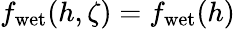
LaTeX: f_{\mathrm{wet}}(h,\zeta)=f_{\mathrm{wet}}(h)